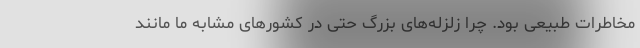
مخاطرات طبیعی بود. چرا زلزله‌های بزرگ حتی در کشورهای مشابه ما مانند